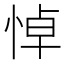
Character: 悼